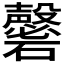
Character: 𥗚